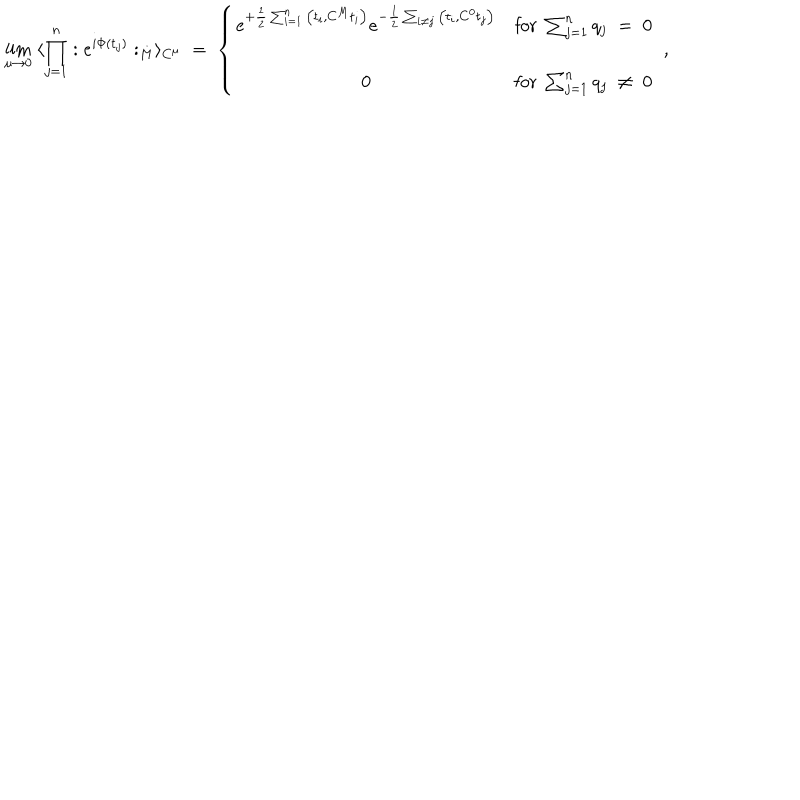
\lim _ { \mu \rightarrow 0 } \; \langle \prod _ { j = 1 } ^ { n } : e ^ { i \Phi ( t _ { j } ) } : _ { M } \rangle _ { C ^ { \mu } } \; = \; \left\{ \begin{array} { c c } { { e ^ { + \frac { 1 } { 2 } \sum _ { i = 1 } ^ { n } \big ( t _ { i } , C ^ { M } t _ { i } \big ) } e ^ { - \frac { 1 } { 2 } \sum _ { i \neq j } \big ( t _ { i } , C ^ { 0 } t _ { j } \big ) } } } & { { \mathrm { f o r } \; \sum _ { j = 1 } ^ { n } q _ { j } \; = \; 0 } } \\ { { \; } } & { { \; } } \\ { { 0 } } & { { \mathrm { f o r } \; \sum _ { j = 1 } ^ { n } q _ { j } \; \neq \; 0 } } \\ \end{array} \right. \; ,